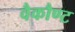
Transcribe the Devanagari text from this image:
वैकौण्ट